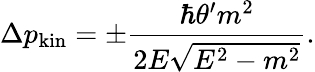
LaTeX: \Delta p_{\mathrm{kin}}=\pm\frac{\hbar\theta^{\prime}m^{2}}{2E\sqrt{E^{2}-m^{2}}}.